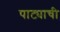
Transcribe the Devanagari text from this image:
पाट्याची